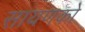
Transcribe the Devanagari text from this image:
सायणको